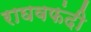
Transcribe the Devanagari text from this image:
राघवफंदी